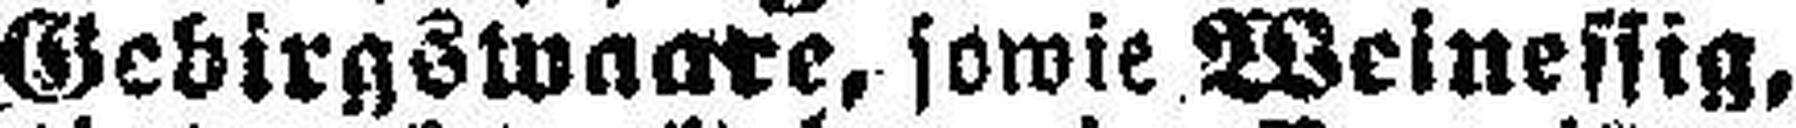
Gebirgswaare, sowie Weinessig,